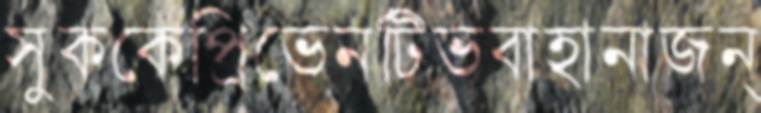
সুককেপ্রিভেনটিভবাহানাজন্